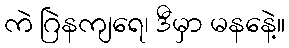
ကဲ ဂြဲနကျရေ၊ ဒီမှာ မနနေဲ့။